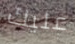
عليك